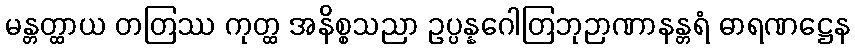
မန္တတ္ထာယ တတြဿ ကုတ္ထ အနိစ္စသညာ ဥပ္ပန္နဂေါတြဘုဉာဏာနန္တရံ ဓာရဏဋ္ဌေန